Regulations for the medical services of the Army of India
Year: 1930
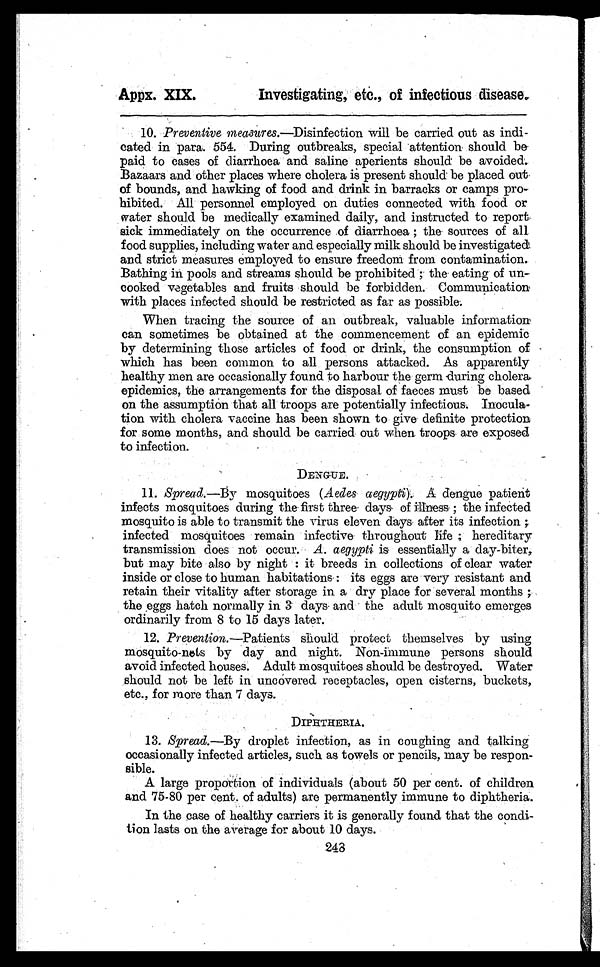
Appx. XIX.
Investigating, etc., of infectious disease.
10. Preventive measures.—Disinfection will be carried out as indi-
cated in para. 554. During outbreaks, special attention should be
paid to cases of diarrhoea and saline aperients should be avoided.
Bazaars and other places where cholera is present should be placed out
of bounds, and hawking of food and drink in barracks or camps pro-
hibited. All personnel employed on duties connected with food or
water should be medically examined daily, and instructed to report
sick immediately on the occurrence of diarrhoea ; the . sources of all
food supplies, including water and especially milk should be investigated
and strict measures employed to ensure freedom from contamination.
Bathing in pools and streams should be prohibited ; the . eating of un-
cooked vegetables and fruits should be forbidden. Communication
with places infected should be restricted as far as possible.
When tracing the source of an outbreak, valuable information
can sometimes be obtained at the commencement of an epidemic
by determining those articles of food or drink, the consumption of
which has been common to all persons attacked. As apparently
healthy men are occasionally found to harbour the germ during cholera.
epidemics, the arrangements for the disposal of faeces must be based
on the assumption that all troops are potentially infectious.Inocula-
tion with cholera vaccine has been shown to give . definite protection
for some months, and should be carried out when troops are exposed
to infection.
DENGUE.
11. Spread.—By mosquitoes (Aedes aegypti). A dengue patient
infects mosquitoes during the first three days of illness ; the infected
mosquito is able to transmit the virus eleven days after its infection ;
infected mosquitoes remain infective throughout life ; hereditary
transmission does not occur. A. aegypti is essentially a day-biter,
but may bite also by night : it breeds in collections of clear water
inside or close to human habitations: its eggs are very resistant and
retain their vitality after storage in a dry place for several months ;
the eggs hatch normally in 3 days and the adult mosquito emerges
ordinarily from 8 to 15 days later.
12. Prevention .—Patients should protect themselves by using
mosquito-nets by day and night. Non-immune persons should
avoid infected houses. Adult mosquitoes should be destroyed. Water
should not be left in uncovered receptacles, open cisterns, buckets,
etc., for more than 7 days.
DIPHTHERIA.
13. Spread.—By droplet infection, as in coughing and talking
occasionally infected articles, such as towels or pencils, may be respon-
sible.
A large proportion of individuals (about 50 per cent. of children
and 75-80 per cent. of adults) are permanently immune to diphtheria.
In the case of healthy carriers it is generally found that the condi-
tion lasts on the average for about 10 days.
248